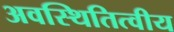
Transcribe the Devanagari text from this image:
अवस्थितित्वीय